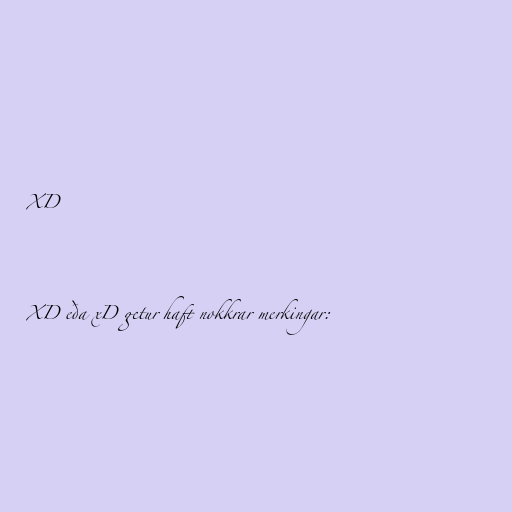
XD

XD eða xD getur haft nokkrar merkingar: